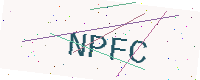
Text: NPFC